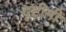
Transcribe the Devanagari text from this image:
दृष्टीनी